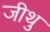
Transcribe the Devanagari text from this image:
जीथु